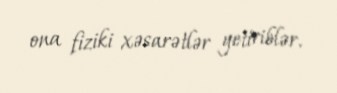
ona fiziki xəsarətlər yetiriblər.